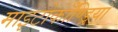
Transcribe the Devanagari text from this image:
माइटोकाँण्ड्रियाँ